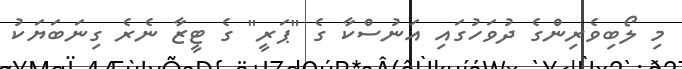
މި ލޯބިވެރިންގެ ދުވަހުގައި އަނުސްކާ ގެ "ޕަރީ" ގެ ޓީޒާ ނެރެ ގިނަބަޔަކު